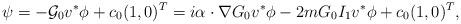
LaTeX: \begin{align*}\psi=-\mathcal G_0 v^* \phi +c_0(1,0)^T= i\alpha \cdot \nabla G_0 v^* \phi -2mG_0 I_1v^* \phi +c_0(1,0)^T,\end{align*}